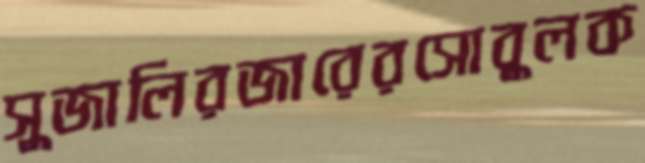
সুজালিরজারেরসোবুলক